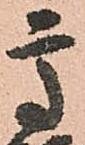
高